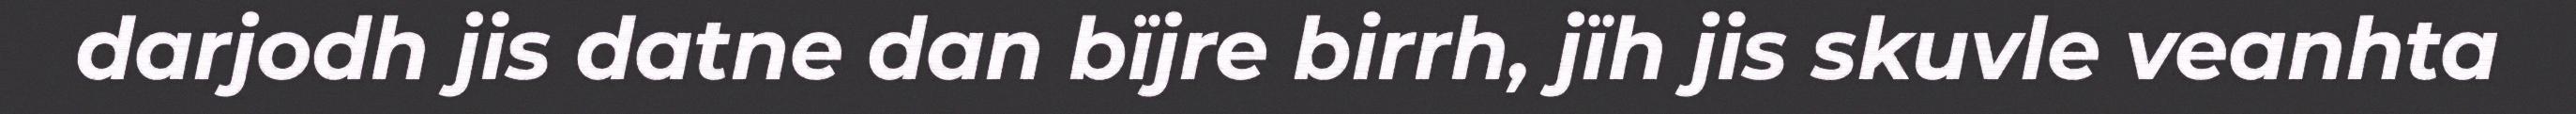
darjodh jis datne dan bïjre birrh, jïh jis skuvle veanhta